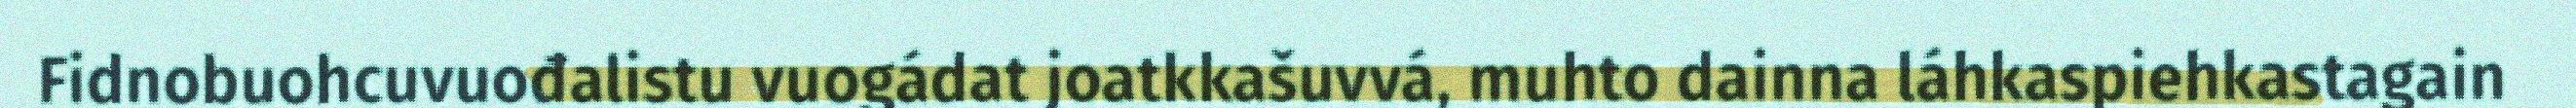
Fidnobuohcuvuođalistu vuogádat joatkkašuvvá, muhto dainna láhkaspiehkastagain